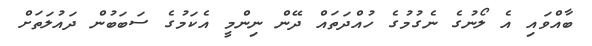
ބާއްވައި އެ ލޯނުގެ ނެގުމުގެ ހުއްދަތައް ދޭން ނިންމީ އެކަމުގެ ސަބަބުން ދައުލަތަށް